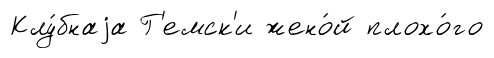
Клу́бнаjа Г'емск'и жено́й плохо́го